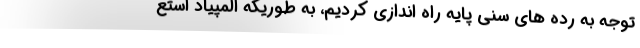
توجه به رده های سنی پایه راه اندازی کردیم، به طوریکه المپیاد استع